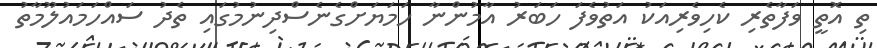
ތި އޮތީ ވަފާތެރި ކެހިވެރިއަކު އަތުވެފަ ހަބަރު އާމުންނާ ހަމަޔަށްގެނެސްދިނުމުގައި ތެދު ސައްހަމައުލޫމާތު